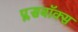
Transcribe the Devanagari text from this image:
प्लसबॉक्स